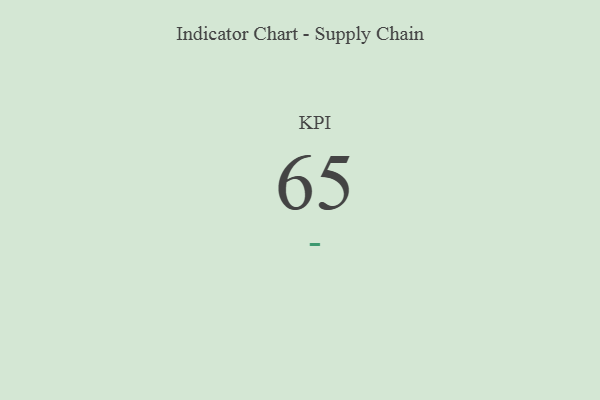
{"axis": {"x": "KPI", "y": "Value"}, "legend": [""], "data": [{"x": "KPI", "y": 65, "type": ""}]}